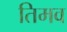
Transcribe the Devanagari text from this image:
तिमव